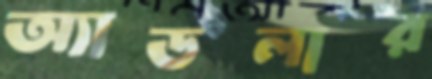
অ্যাডলার